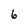
Character: 6